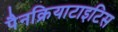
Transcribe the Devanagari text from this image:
पैनक्रियाटाइटिस